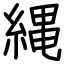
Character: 縄